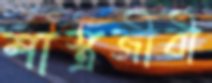
শাস্ত্রজীবী